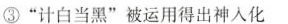
③“计白当黑”被运用得出神入化